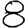
Digit: 8